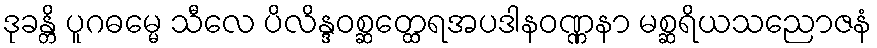
ဒုခန္တိ ပူဂဓမ္မေ သီလေ ပိလိန္ဒဝစ္ဆတ္ထေရအပဒါနဝဏ္ဏနာ မစ္ဆရိယသညောဇနံ